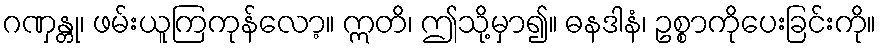
ဂဏှန္တု၊ ဖမ်းယူကြကုန်လော့။ ဣတိ၊ ဤသို့မှာ၍။ ဓနဒါနံ၊ ဥစ္စာကိုပေးခြင်းကို။